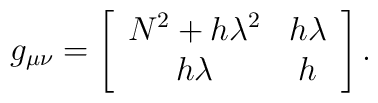
g_{\mu\nu} = \left[ \begin{array}{cc} N^{2} + h\lambda^{2} & h\lambda  \\      h \lambda & h \end{array} \right].